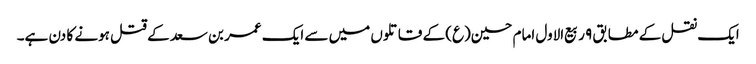
ایک نقل کے مطابق ۹ ربیع‌الاول امام حسین(ع) کے قاتلوں میں سے ایک عمر بن سعد کے قتل ہونے کا دن ہے۔